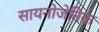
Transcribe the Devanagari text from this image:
सायनोजेनिक